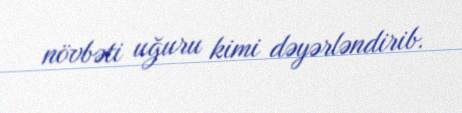
növbəti uğuru kimi dəyərləndirib.